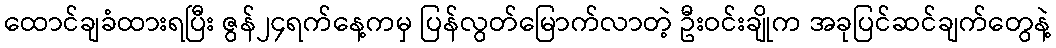
ထောင်ချခံထားရပြီး ဇွန်၂၄ရက်နေ့ကမှ ပြန်လွတ်မြောက်လာတဲ့ ဦးဝင်းချိုက အခုပြင်ဆင်ချက်တွေနဲ့